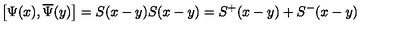
\left[ \Psi ( x ) , \overline { { \Psi } } ( y ) \right] = S ( x - y ) S ( x - y ) = S ^ { + } ( x - y ) + S ^ { - } ( x - y )